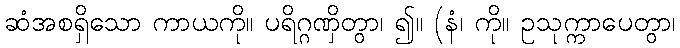
ဆံအစရှိသော ကာယကို။ ပရိဂ္ဂဏှိတွာ၊ ၍။ (နံ၊ ကို။ ဥသုက္ကာပေတွာ၊